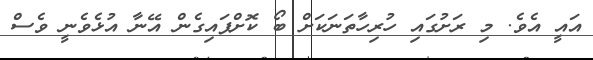
އައީ އެވެ. މި ރަށުގައި ހުރިހާތަނަކަށް ބޯ ކޮށްޕައިގެން އޭނާ އުޅެވެނީ ވެސް